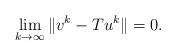
LaTeX: \begin{align*}\lim_{k \to \infty} \|v^k - Tu^k \| = 0.\end{align*}